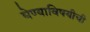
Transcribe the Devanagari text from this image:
घेण्याविषयीची